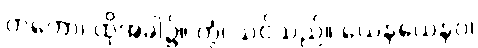
တတော၊ ထိုအခါ၌။ တွံ၊ သင်သည်။ ယေနယေနဝ၊